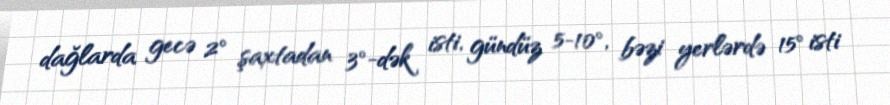
dağlarda gecə 2° şaxtadan 3°-dək isti, gündüz 5-10°, bəzi yerlərdə 15° isti